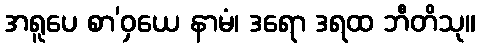
အရူပေ စာ’ဝှယေ နာမံ၊ ဒရော ဒရထ ဘီတိသု။